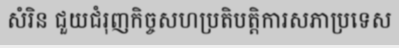
សំរិន ជួយជំរុញកិច្ចសហប្រតិបត្តិការសភាប្រទេស